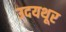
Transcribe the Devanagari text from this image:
उदयथूर